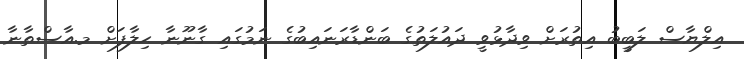
އިލްޔާސް ލަބީބު އިތުރަށް ވިދާޅުވީ ދައުލަތުގެ ބަންޑާރަނައިބުގެ ނަމުގައި ގާނޫނާ ޙިލާފަށް މ.އާސްތާނާ